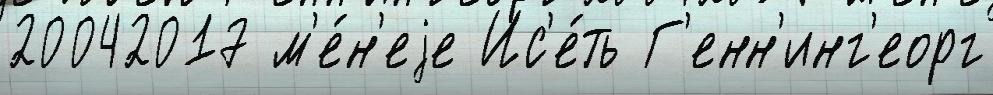
20042017 м'е́н'еjе Ис'е́ть Г'енн'инг'еорг